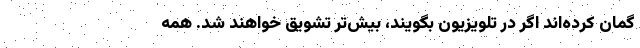
گمان کرده‌اند اگر در تلویزیون بگویند، بیش‌تر تشویق خواهند شد. همه